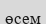
өсем